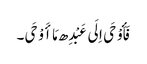
فَأَوْحَی اِلَی عَبْدِھ مَا أَوْحَی۔